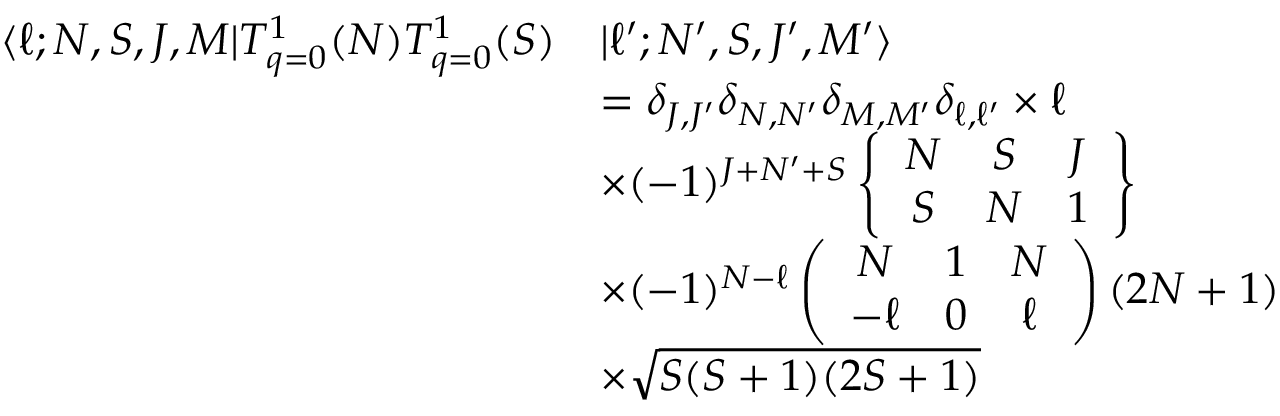
\begin{array} { r l } { \langle \ell ; N , S , J , M | T _ { q = 0 } ^ { 1 } ( N ) T _ { q = 0 } ^ { 1 } ( S ) } & { | \ell ^ { \prime } ; N ^ { \prime } , S , J ^ { \prime } , M ^ { \prime } \rangle } \\ & { = \delta _ { J , J ^ { \prime } } \delta _ { N , N ^ { \prime } } \delta _ { M , M ^ { \prime } } \delta _ { \ell , \ell ^ { \prime } } \times \ell } \\ & { \times ( - 1 ) ^ { J + N ^ { \prime } + S } \left\{ \begin{array} { c c c } { N } & { S } & { J } \\ { S } & { N } & { 1 } \end{array} \right\} } \\ & { \times ( - 1 ) ^ { N - \ell } \left( \begin{array} { c c c } { N } & { 1 } & { N } \\ { - \ell } & { 0 } & { \ell } \end{array} \right) ( 2 N + 1 ) } \\ & { \times \sqrt { S ( S + 1 ) ( 2 S + 1 ) } } \end{array}